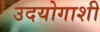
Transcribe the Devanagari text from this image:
उदयोगाशी